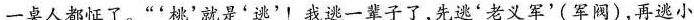
一桌人都怔了。“'桃’就是'逃’!我逃一辈子了,先逃'老义军’(军阀)，再逃小